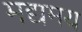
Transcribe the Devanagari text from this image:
मद्यमय